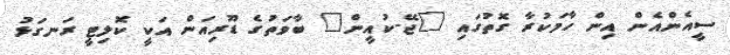
ސީއެންއެން އިން ހާމަކުރާ ގޮތުގައި "ޖޭ-ކުއީން" ބާވަތުގެ ޑޫރިއަން އަކީ ކޮލިޓީ ރަނގަޅު